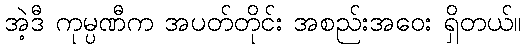
အဲ့ဒီ ကုမ္ပဏီက အပတ်တိုင်း အစည်းအဝေး ရှိတယ်။